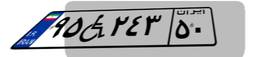
۹۵W۲۴۳۵۰